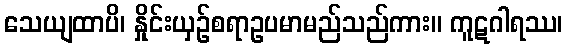
သေယျထာပိ၊ နှိုင်းယှဉ်စရာဥပမာမည်သည်ကား။ ကူဋဂါရဿ၊